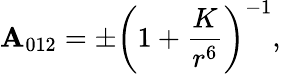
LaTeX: \mathbf{A}_{012}=\pm\left(1+\frac{{K}}{{r^{6}}}\right)^{-1},